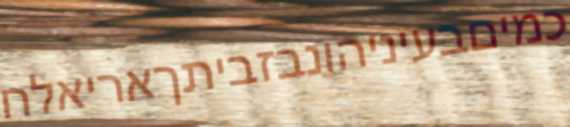
כמיםבעיניהונבזביתךאריאלח